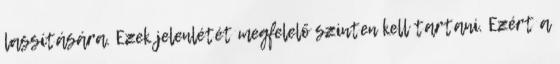
lassítására. Ezek jelenlétét megfelelő szinten kell tartani. Ezért a